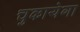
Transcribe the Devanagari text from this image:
चुकायेगा